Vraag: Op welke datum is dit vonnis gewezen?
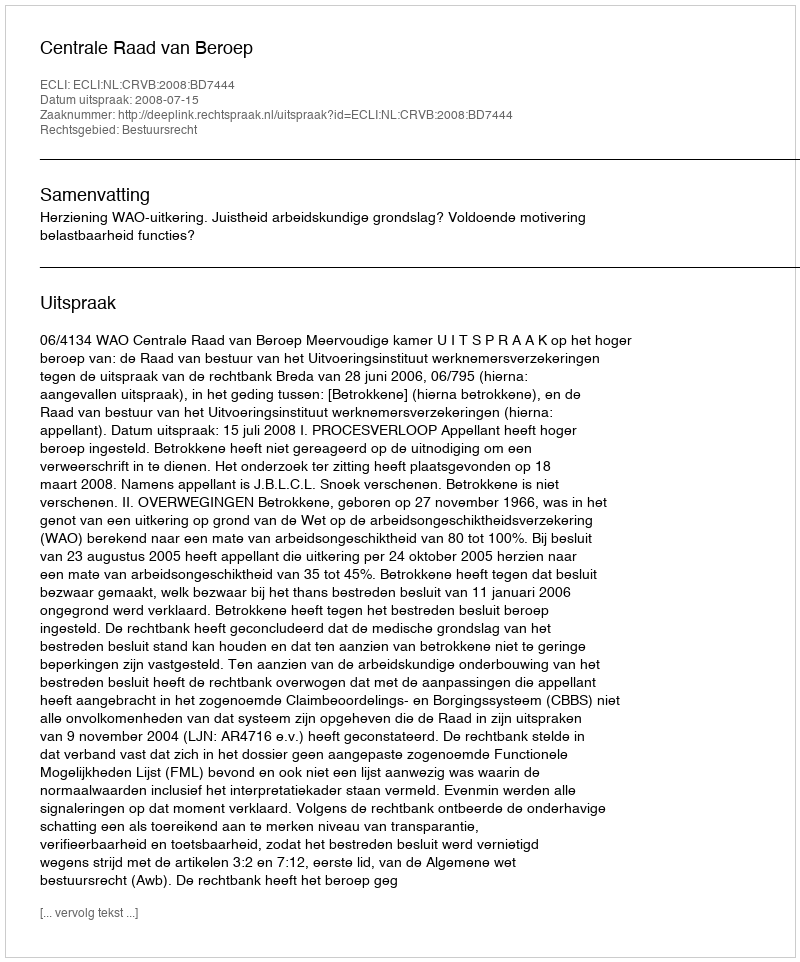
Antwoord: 2008-07-15